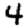
Digit: 4